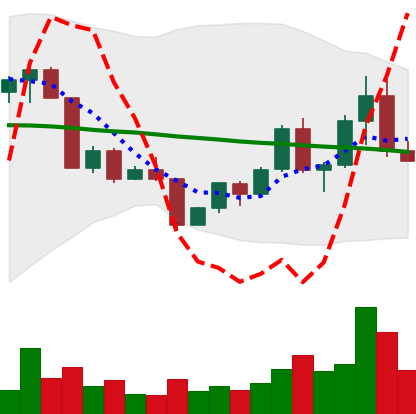
Ticker: EOS-USD
Chart end date: 2022-04-22
Forward return: -8.467%
Label: down_7plus